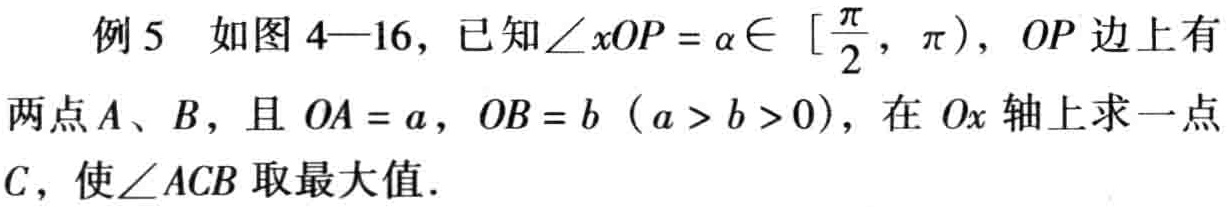
例 5 如图 4—16，已知\(\angle xOP = \alpha\in [\frac{\pi}{2}, \pi)\)，\(OP\)边上有两点\(A\)、\(B\)，且 \(OA = a\)，\(OB = b\ (a > b > 0)\)，在 \(Ox\) 轴上求一点\(C\)，使\(\angle ACB\)取最大值.